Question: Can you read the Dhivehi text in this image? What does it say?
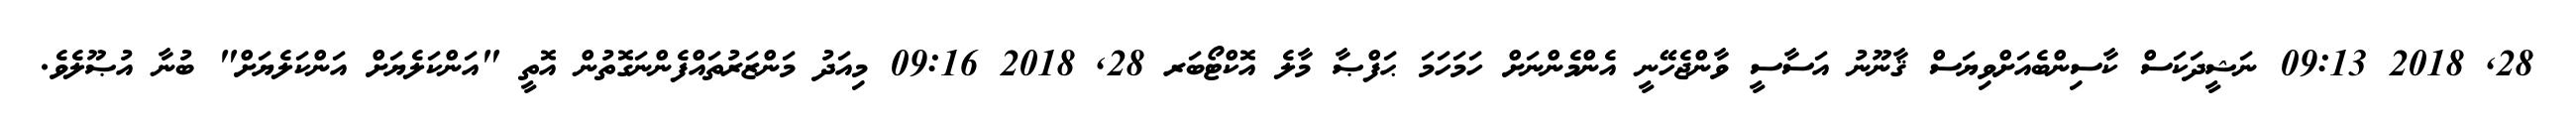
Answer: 28, 2018 09:13 ނަޝީދަކަސް ކާސިންބެއަށްވިޔަސް ޤާނޫނު އަސާސީ ވާންޖެހޭނީ އެންމެންނަށް ހަމަހަމަ ޙަފްޞާ މާލެ އޮކްޓޯބަރ 28, 2018 09:16 މިއަދު މަންޒަރުތައްފެންނަގޮތުން އޮތީ "އަންކަލެޔަށް އަންކަލެޔަށް" ބުނާ އުޞޫލެވެ.